Annual administration report of the Civil Veterinary Department of India - 1898-1899
Year: 1898
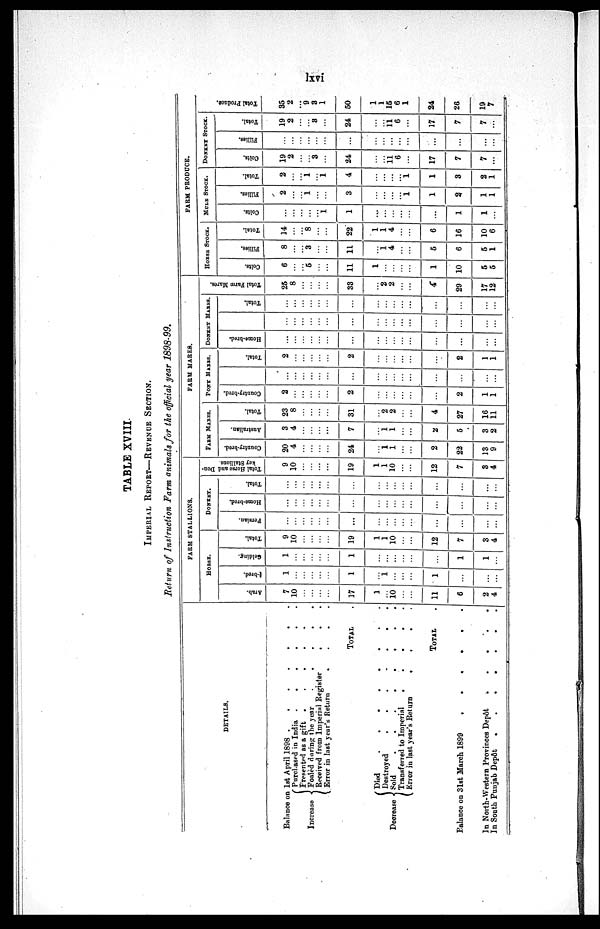
lxvi
TABLE XVIII.
IMPERIAL REPORT—REVENUE SECTION.
Return of Instruction Farm animals for the official year 1898-99.
DETAILS.
Balance on 1st April 1898 .
.
.
.
.
.
.
Increase {
Purchased in India .
.
.
.
.
.
Presented as a gift . . . . . .
Foaled during the year . . .
.
.
.
.
Received from Imperial Register . . .
Error in last year's Return
.
.
.
.
TOTAL .
Decrease {
Died
.
.
.
.
.
.
.
Destroyed . . . . . .
Sold . . . . . . . . .
Transferred to Imperial
.
.
.
.
.
Error in last year's Return
.
.
.
.
TOTAL .
Balance on 31st March 1899
.
.
.
.
.
.
.
.
In North-Western Provinces
Depôt
.
.
.
.
.
In South Punjab Depôt . . . . . . .
FARM STALLIONS.
HORSE.
Arab.
7
10
...
...
...
...
17
1
...
10
...
...
11
6
2
4
¾ bred.
1
...
...
...
...
...
1
...
1
...
...
...
1
...
...
...
Gelding.
1
...
...
...
...
...
1
...
...
...
...
...
...
1
1
...
Total.
9
10
...
...
...
...
19
1
1
10
...
...
12
7
3
4
DONKEY.
Persian.
...
...
...
...
...
...
...
...
...
...
...
...
...
...
...
...
Home-bred.
...
...
...
...
...
...
...
...
...
...
...
...
...
...
...
...
Total.
...
...
...
...
...
...
...
...
...
...
...
...
...
...
...
...
Total Horse and Don-
key Stallions
9
10
...
...
...
...
19
1
1
10
...
...
12
7
3
4
FARM MARES.
FARM MARES.
Country-bred.
20
4
...
...
...
...
24
...
1
1
...
...
2
22
13
9
Australian.
3
4
...
...
...
...
7
...
1
1
...
...
2
5
3
2
Total.
23
8
...
...
...
...
31
...
2
2
4
27
16
11
PONY MARES.
Country-bred.
2
...
...
...
...
...
2
...
...
...
...
...
...
2
1
1
...
...
...
...
...
...
...
...
...
...
...
...
...
...
...
...
Total.
2
...
...
...
...
...
2
...
...
...
...
...
...
2
1
1
DONYEY MARES.
Home-bred.
...
...
...
...
...
...
...
...
...
...
...
...
...
...
...
...
...
...
...
...
...
...
...
...
...
...
...
...
...
...
...
...
Total.
...
...
...
...
...
...
...
...
...
...
...
...
...
...
...
...
Total Farm Mares.
25
8
...
...
...
...
33
...
2
2
...
...
4
29
17
12
FARM PRODUCE.
HORSE STOCK.
Colts.
6
...
...
5
...
...
11
1
...
...
...
...
1
10
5
5
Fillies.
8
...
...
3
...
...
11
...
1
4
...
...
5
6
5
1
Total.
14
...
...
8
...
...
22
1
1
4
...
...
6
16
10
6
MULE STOCK.
Colts.
...
...
...
...
...
1
1
...
...
...
...
...
...
1
1
...
Fillies.
2
...
...
1
...
...
3
...
...
...
...
1
1
2
1
1
Total.
2
...
...
1
...
1
4
...
...
...
...
1
1
3
2
1
DONKEY STOCK.
Colts.
19
2
...
...
3
...
24
...
...
11 6
...
17
7
7
...
Fillies.
...
...
...
...
...
...
...
...
...
...
...
...
...
...
...
Total.
19
2
...
...
3
...
24
...
...
11 6
...
17
7
7
...
Total Produce.
35
2
...
9
3
1
50
1
1
15
6
1
24
26
19
7